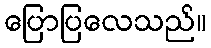
ပြောပြလေသည်။